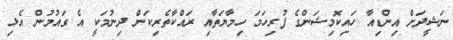
ނަޝީދަށް އިންޑިއާ ހައިކޮމިޝަންގެ ފުރިހަމަ ހިމާޔަތާއި ރައްކާތެރިކަން ދިނުމަކީ އެ ގައުމުން އެޅި